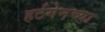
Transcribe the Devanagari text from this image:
हर्टगेनच्या